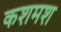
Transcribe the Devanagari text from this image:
कशमश